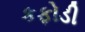
કફોડી